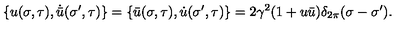
\{ u ( \sigma , \tau ) , \dot { \bar { u } } ( \sigma ^ { \prime } , \tau ) \} = \{ \bar { u } ( \sigma , \tau ) , \dot { u } ( \sigma ^ { \prime } , \tau ) \} = 2 \gamma ^ { 2 } ( 1 + u \bar { u } ) \delta _ { 2 \pi } ( \sigma - \sigma ^ { \prime } ) .